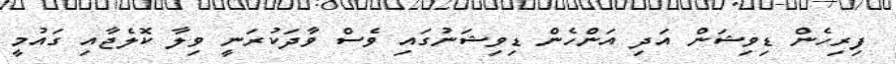
ފިރިހެން ޑިވިޝަން އަދި އަންހެން ޑިވިޝަނުގައި ވެސް ވާދަކުރަނީ ވިލާ ކޮލެޖާއި ގައުމީ